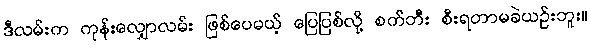
ဒီလမ်းက ကုန်းလျှောလမ်း ဖြစ်ပေမယ့် ပြေပြစ်လို့ စက်ဘီး စီးရတာမခဲယဉ်းဘူး။